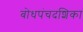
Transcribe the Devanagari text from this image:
बोधपंचदशिका